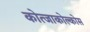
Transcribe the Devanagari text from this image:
कोत्जाकोल्कोस